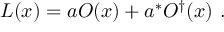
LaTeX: { \cal { L } } ( x ) = a O ( x ) + a ^ { * } O ^ { \dagger } ( x ) ~ .